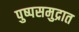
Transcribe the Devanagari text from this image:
पुष्पसमुद्रात